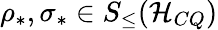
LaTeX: \rho_{\ast},\sigma_{\ast}\in S_{\leq}(\mathcal{H}_{CQ})